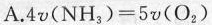
A. $$4 v ( { N H } _ { 3 } ) = 5 v ( { O } _ { 2 } )$$